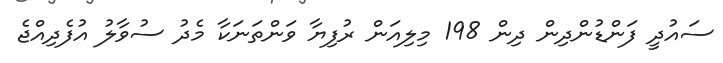
ސައުދީ ފަންޑުންދިން ދިން 198 މިލިއަން ރުފިޔާ ވަންތަނަކާ މެދު ސުވާލު އުފެދިއްޖެ